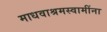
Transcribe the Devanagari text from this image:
माधवाश्रमस्वामींना